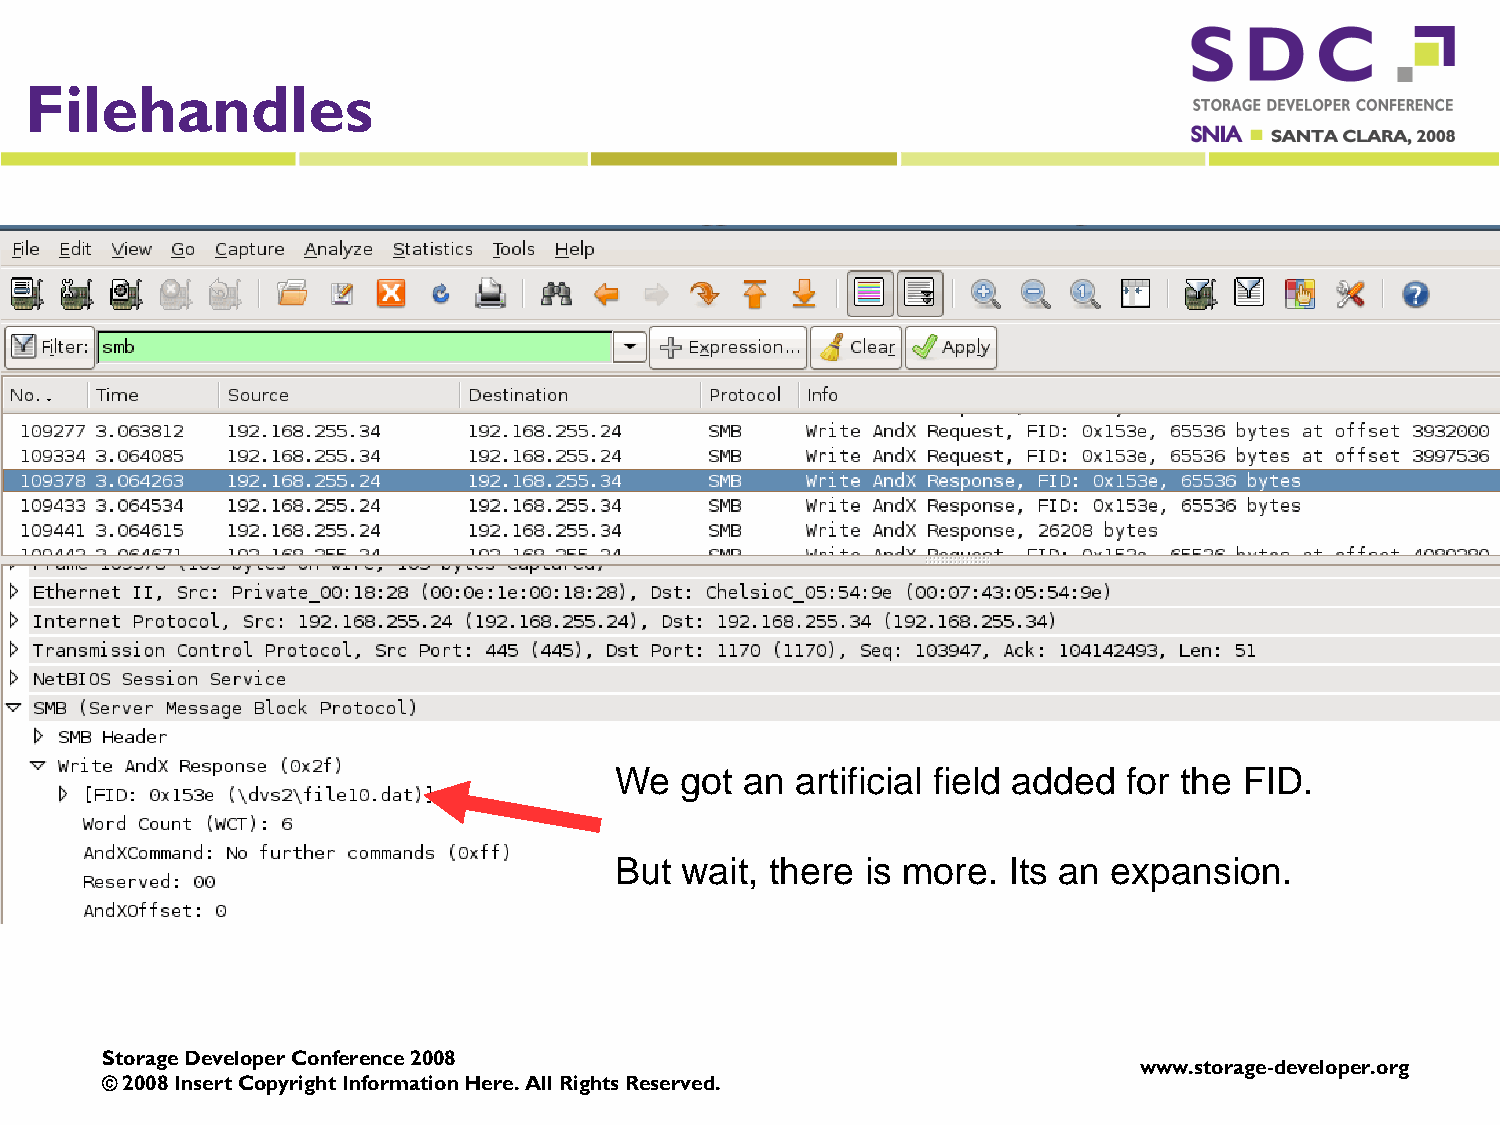
Filehandles
 We  got an  artificial field added for the FID.
 But wait, there is more.  Its an expansion.
 Storage Developer Conference 2008
 www.storage-developer.org
 © 2008 Insert Copyright Information Here. All Rights Reserved.